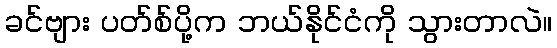
ခင်ဗျား ပတ်စ်ပို့က ဘယ်နိုင်ငံကို သွားတာလဲ။